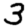
Digit: 3